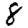
Digit: 8